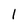
Character: l